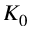
K _ { 0 }